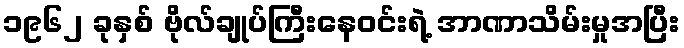
၁၉၆၂ ခုနှစ် ဗိုလ်ချုပ်ကြီးနေဝင်းရဲ့ အာဏာသိမ်းမှုအပြီး